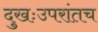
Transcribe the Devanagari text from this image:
दुखःउपरांतच